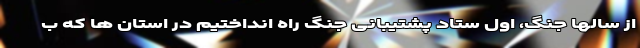
از سالها جنگ، اول ستاد پشتیبانی جنگ راه انداختیم در استان ها که ب